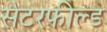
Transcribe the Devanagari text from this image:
सेटरफील्ड